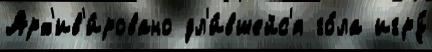
Арх'ив'и́ровано дл'и́вшейс'я го́ла игру́